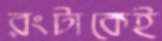
রংটাকেই